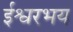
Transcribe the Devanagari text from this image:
ईश्वरभय